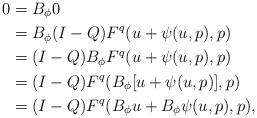
LaTeX: \begin{align*}0&= B_\phi 0\\&= B_\phi (I-Q) F^q(u + \psi(u,p),p)\\&= (I-Q) B_\phi F^q(u + \psi(u,p),p)\\&= (I-Q) F^q(B_\phi[u+\psi(u,p)], p)\\&= (I-Q) F^q(B_\phi u + B_\phi \psi(u,p), p),\end{align*}